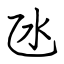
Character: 氹